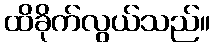
ထိခိုက်လွယ်သည်။